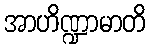
အာဟိဏ္ဍာမာတိ